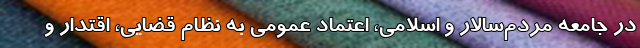
در جامعه مردم‌سالار و اسلامی، اعتماد عمومی به نظام قضایی، اقتدار و